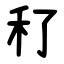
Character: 䄦